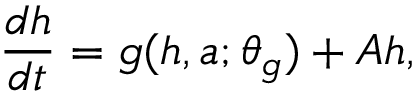
\frac { d h } { d t } = g ( h , a ; \theta _ { g } ) + A h ,